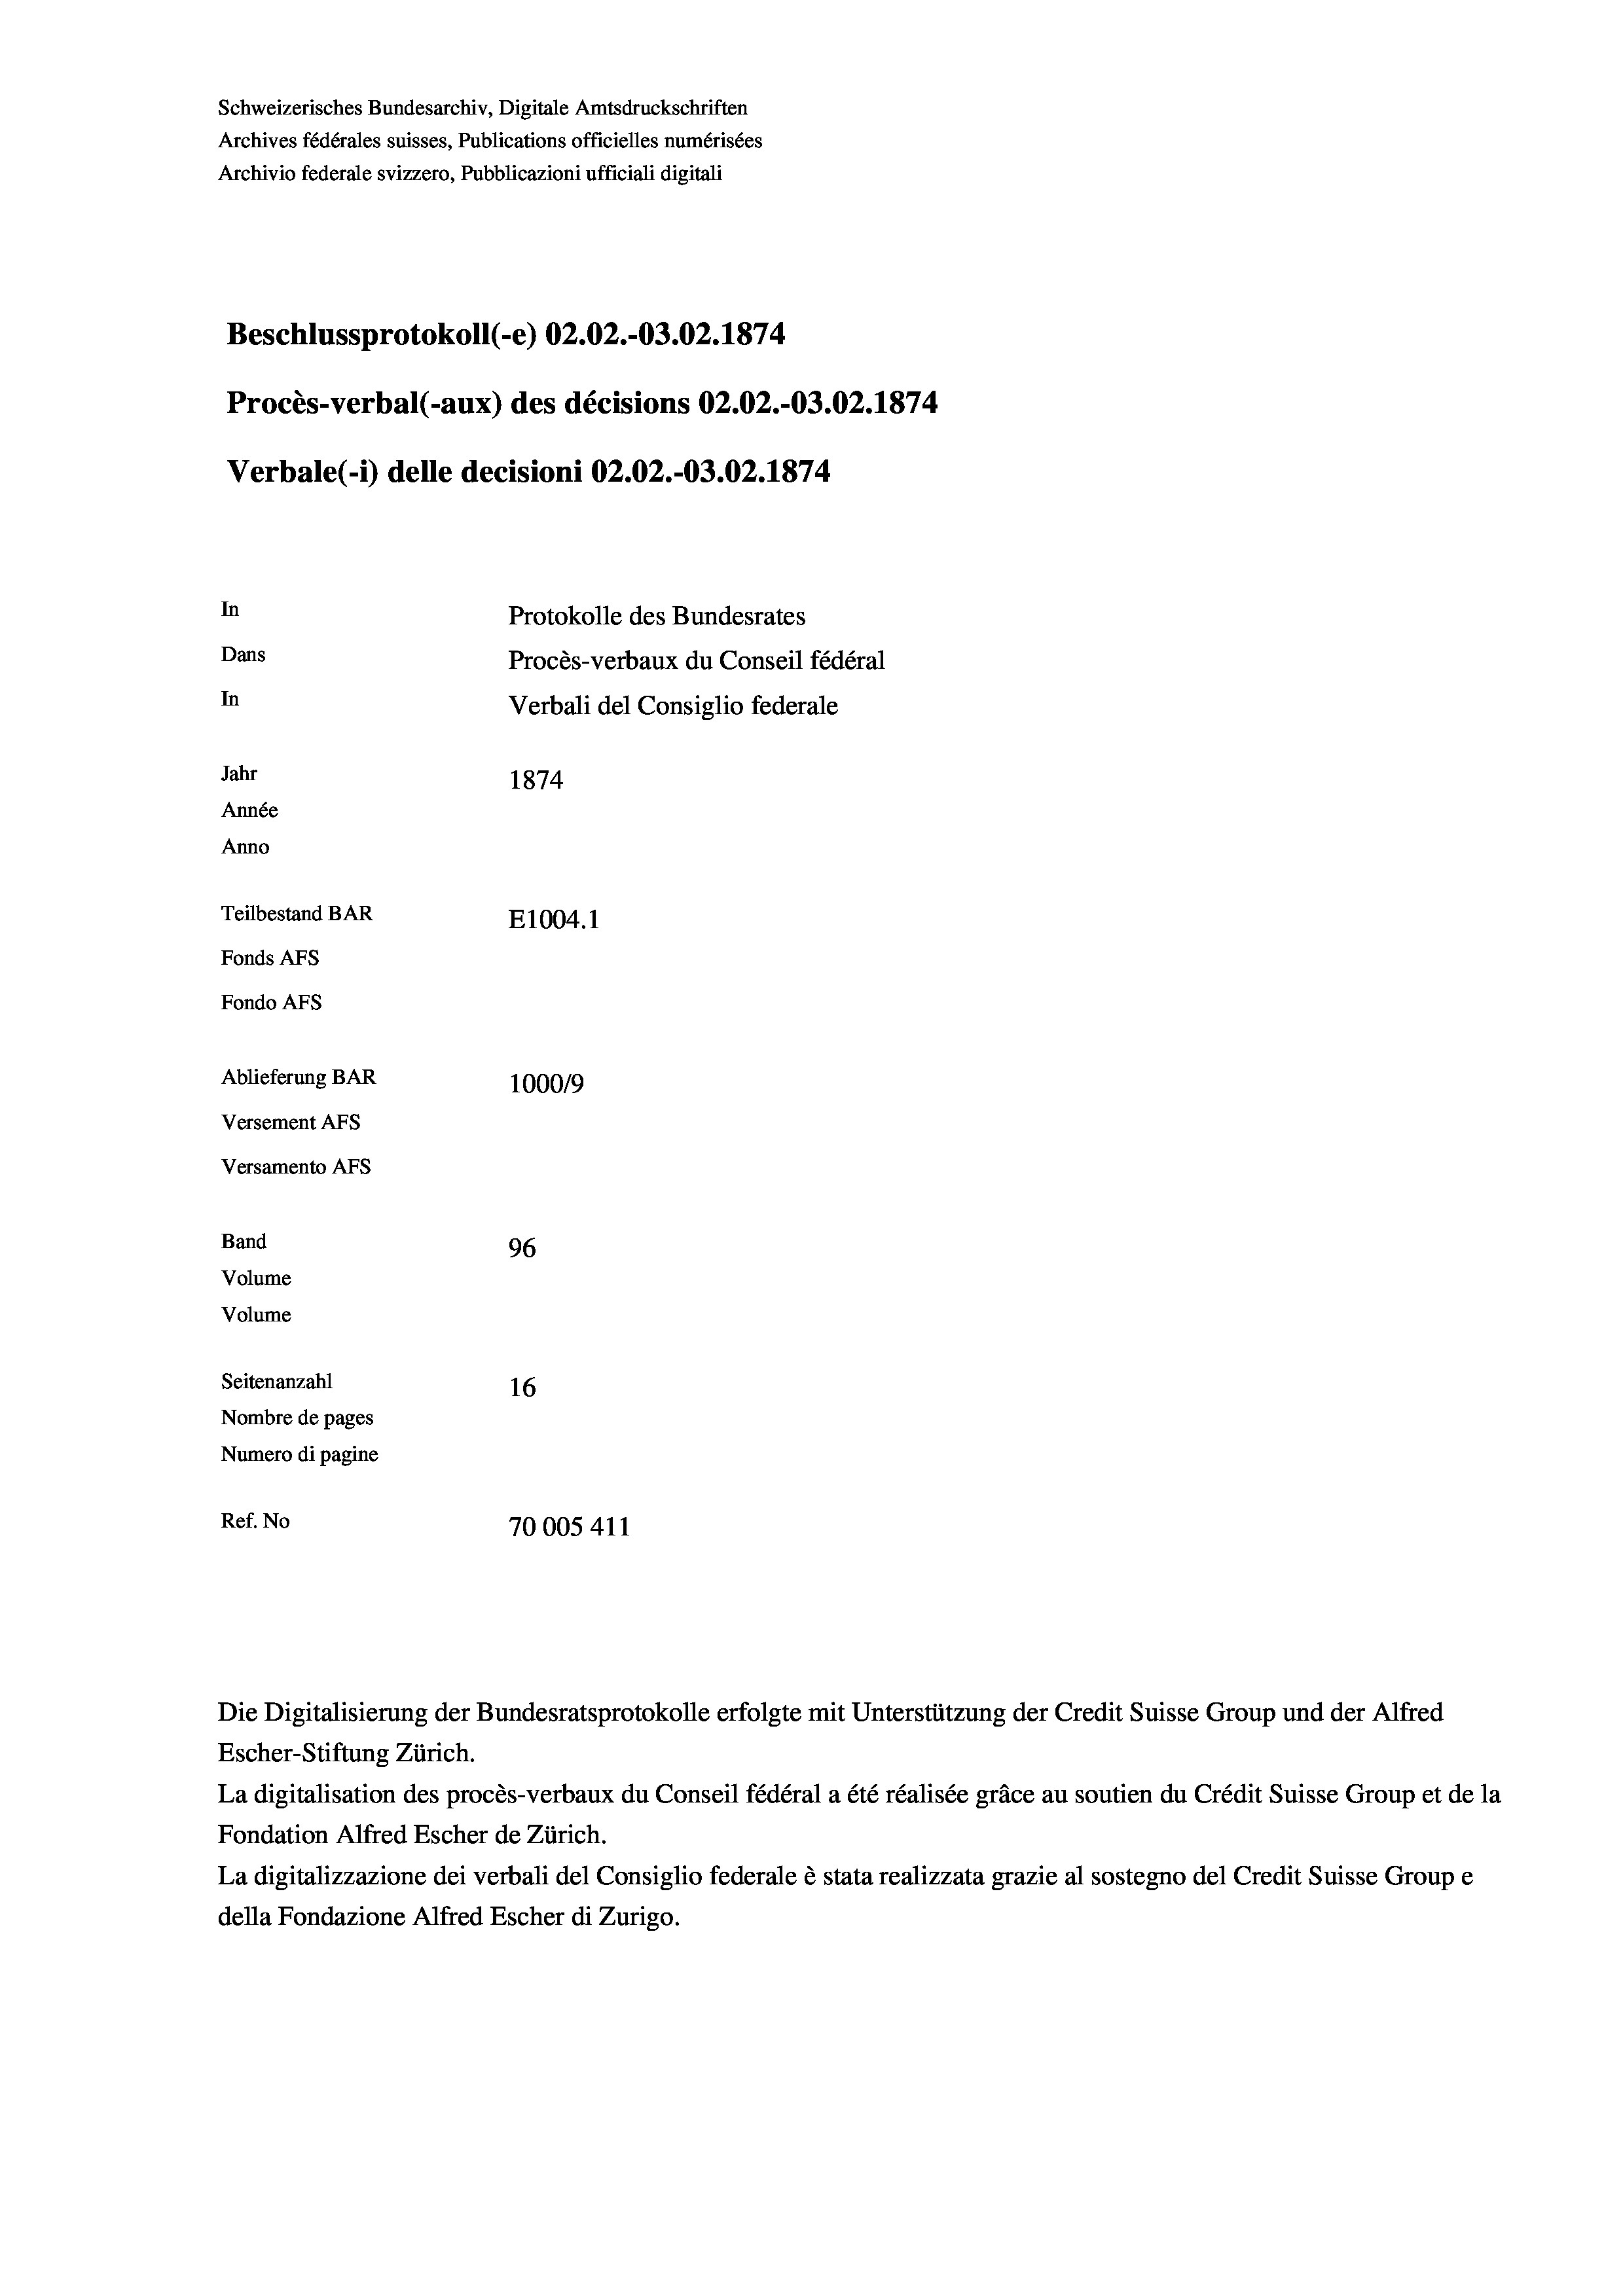
Schweizerisches Bundesarchiv, Digitale Amtsdruckschriften
Archives fédérales suisses, Publications officielles numérisées
Archivio federale svizzero, Pubblicazioni ufficiali digitali
Beschlussprotokoll (-e) 02.02.-03.02. 1874
Procès-verbal (-aux) des décisions 02.02.-03.02. 1874
Verbale (1) delle decisioni 02.02.-O3.02. 1874
In
Protokolle des Bundesrates
Dans
Procès-verbaux du Conseil fédéral
In
Verbali del Consiglio federale
Jahr
1874
Année
Anno
Teilbestand BAR
E1004. 1
Fonds AFs
Fondo AFs
Ablieferung BAR
100019
Versement AFs
Versamento Afs
Band
96
Volume
Volume
Seitenanzahl
16
Nombre de pages
Numero di pagine
Ref. No
70005411

Escher-Stiftung Zürich.
La digitalisation des procès-verbaux du Conseil fédéral a été réalisée gräce au soutien du Crédit Suisse Group et de la
Fondation Alfred Escher de Zürich.
La digitalizzazione dei verbali del Consiglio federale è stata realizzata grazie al sostegno del Credit Suisse Groupe
della Fondazione Alfred Escher di Zurigo.

Die Digitalisierung der Bundesratsprotokolle erfolgte mit Unterstützung der Credit Suisse Group und der Alfred